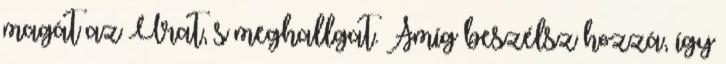
magát az Urat, s meghallgat. Amíg beszélsz hozzá, így